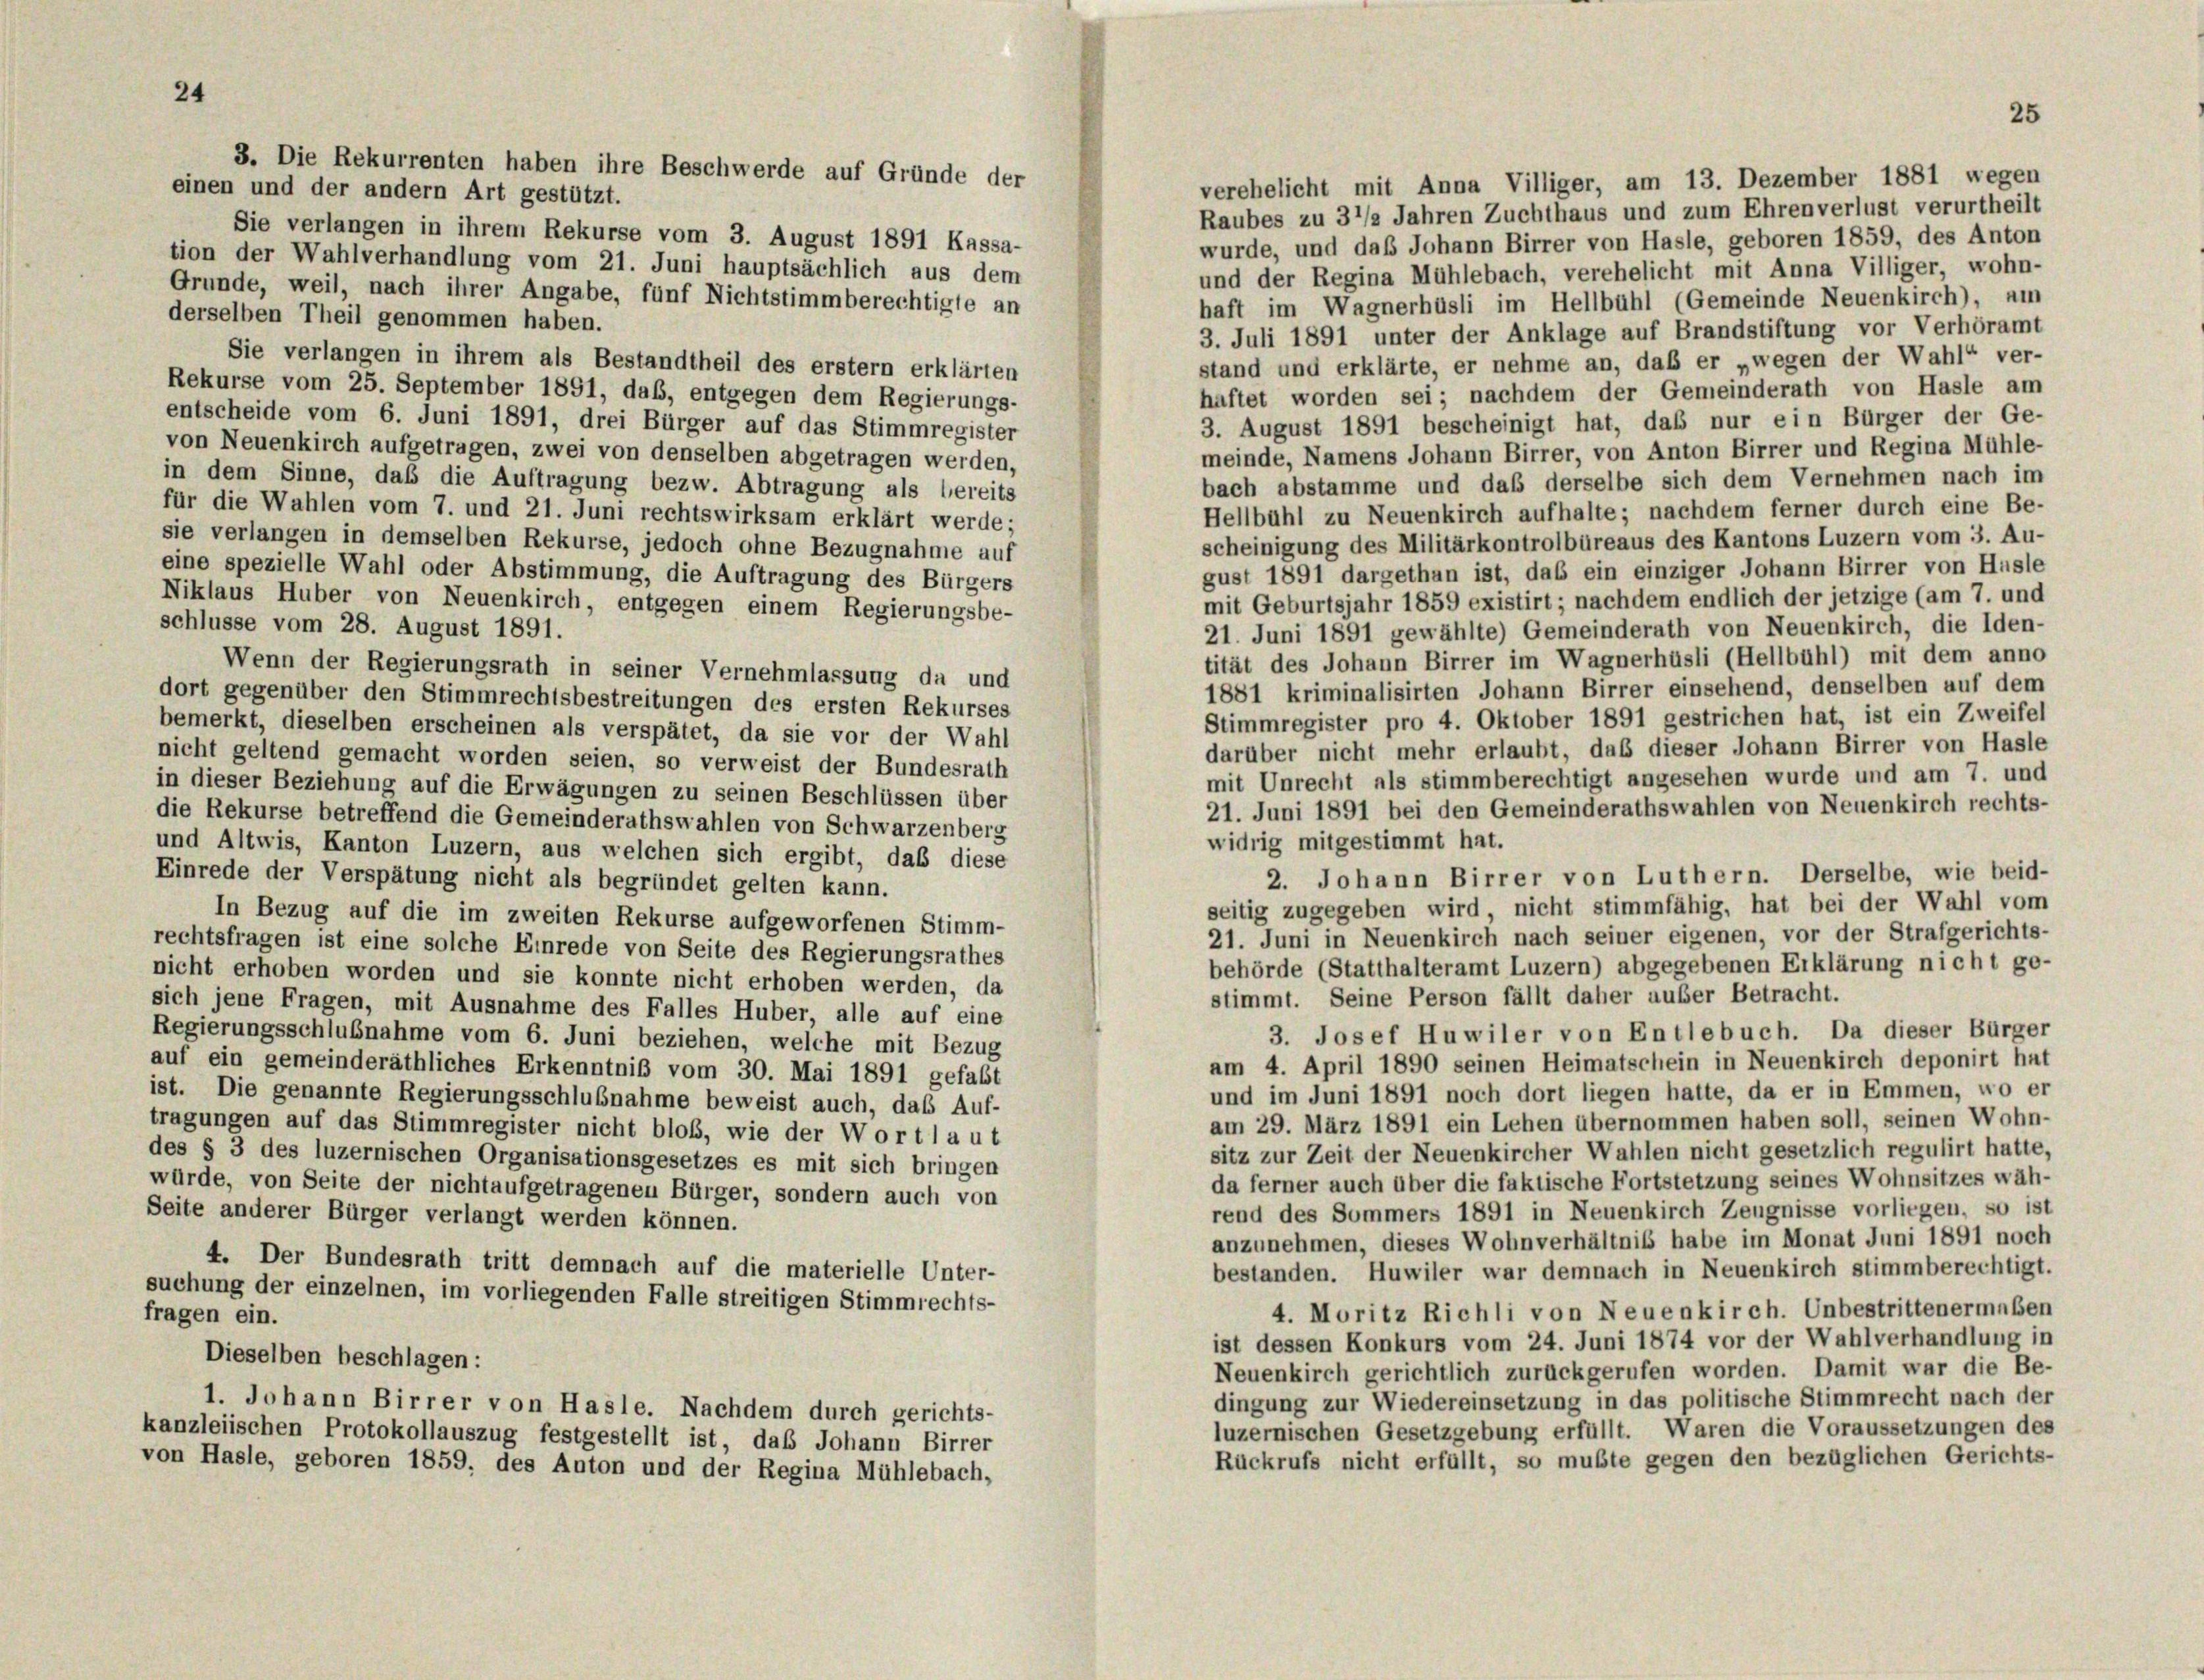
24

verehelicht mit Anna Villiger, am 13. Dezember 1881 wegen
einen und der andern Art gestützt.
Raubes zu 3 1/2 Jahren Zuchthaus und zum Ehrenverlust verurtheilt
Sie verlangen in ihrem Rekurse vom 3. August 1891 Kassa-
wurde, und daß Johann Birrer von Hasle, geboren 1859, des Anton
tion der Wahlverhandlung vom 21. Juni hauptsächlich aus dem
und der Regina Mühlebach, verehelicht mit Anna Villiger, wohn-
Grunde, weil, nach ihrer Angabe, fünf Nichtstimmberechtigte an
haft im Wagnerhasli im Hellbühl (Gemeinde Neuenkirch), am
derselben Theil genommen haben.
3. Juli 1891 unter der Anklage auf Brandstiftung vor Verhöramt
Sie verlangen in ihrem als Bestandtheil des erstem erklärten
stand und erklärte, er nehme an, daß er „wegen der Wahl“ ver-
Rekurse vom 25. September 1891, daß, entgegen dem Regierungs-
haftet worden sei; nachdem der Gemeinderath von Hasle am
entscheide vom 6. Juni 1891, drei Bürger auf das Stimmregister
3. August 1891 bescheinigt hat, das nur ein Bürger der Ge-
von Neuenkirch aufgetragen, zwei von denselben abgetragen werden,
meinde, Namens Johann Birrer, von Anton Birrer und Regina Mühle-
in dem Sinne, daß die Auftragung bezw. Abtragung als bereits
bach abstamme und daß derselbe sich dem Vernehmen nach im
für die Wahlen vom 7. und 21. Juni rechtswirksam erklärt werde;
Hellbühl zu Neuenkirch aufhalte; nachdem ferner durch eine Be-
scheinigung des Militärkontrolbüreaus des Kantons Luzern vom 3. Au-
sie verlangen in demselben Rekurse, jedoch ohne Bezugnahme auf
gust 1891 dargethan ist, das ein einziger Johann Birrer von Hüsle
eine spezielle Wahl oder Abstimmung, die Auftragung des Bürgers
mit Geburtsjahr 1859 existirt; nachdem endlich der jetzige (am 7. und
Niklaus Huber von Neuenkirch, entgegen einem Regierungsbe-
schlüsse vom 28. August 1891.
21. Juni 1891 gewählte) Gemeinderath von Neuenkirch, die Iden-
tität des Johann Birrer im Wagnerhüsli (Hellbuhl) mit dem anno
Wenn der Regierungsrath in seiner Vernehmlassung da und
1881 kriminalisirten Johann Birrer einsehend, denselben auf dem
dort gegenüber den Stimmrechtsbestreitungen des ersten Rekurses
Stimmregister pro 4. Oktober 1891 gestrichen hat, ist ein Zweifel
bemerkt, dieselben erscheinen als verspätet, da sie vor der Wahl
darüber nicht mehr erlaubt, daß dieser Johann Birrer von Hasle
nicht geltend gemacht worden seien, so verweist der Bundesrath
mit Unrecht als stimmberechtigt angesehen wurde und am 7. und
in dieser Beziehung auf die Erwägungen zu seinen Beschlüssen über
21. Juni 1891 bei den Gemeinderathswahlen von Neuenkirch rechts-
die Rekurse betreffend die Gemeinderathswahlen von Schwarzenberg
widrig mitgestimmt hat.
und Altwis, Kanton Luzern, aus welchen sich ergibt, daß diese
2. Johann Birrer von Luthern. Derselbe, wie beid-
Einrede der Verspätung nicht als begründet gelten kann.
seitig zugegeben wird nicht stimmfähig, hat bei der Wahl vom
In Bezug auf die im zweiten Rekurse aufgeworfenen Stimm-
21. Juni in Neuenkirch nach seiner eigenen, vor der Strafgerichts-
rechtsfragen ist eine solche Einrede von Seite des Regierungsrathes
behörde (Statthalteramt Luzern) abgegebenen Erklärung nicht ge-
nicht erhoben worden und sie konnte nicht erhoben werden, da
stimmt. Seine Person fällt daher außer Betracht.
sich jene Fragen, mit Ausnahme des Falles Huber, alle auf eine
3. Josef Huwiler von Entlebuch. Da dieser Bürger
Regierungsschlußnahme vom 6. Juni beziehen, welche mit Bezug
am 4. April 1890 seinen Heimatschein in Neuenkirch deponirt hat
auf ein gemeinderäthliches Erkenntniß vom 30. Mai 1891 gefaßt
und im Juni 1891 noch dort liegen hatte, da er in Emmen, wo er
ist. Die genannte Regierungsschlußnahme beweist auch, das Auf-
am 29. März 1891 ein Lehen übernommen haben soll, seinen Wohn-
tragungen auf das Stimmregister nicht bloß, wie der Wortlaut
sitz zur Zeit der Neuenkircher Wahlen nicht gesetzlich regulirt hatte,
des § 3 des luzernischen Organisationsgesetzes es mit sich bringen
da ferner auch über die faktische Fortstetzung seines Wohnsitzes wäh-
würde, von Seite der nichtaufgetragenen Bürger, sondern auch von
rend des Sommers 1891 in Neuenkirch Zeugnisse vorliegen, so ist
Seite anderer Bürger verlangt werden können.
anzunehmen, dieses Wohnverhältnis habe im Monat Juni 1891 noch
4. Der Bundesrath tritt demnach auf die materielle Unter-
bestanden. Huwiler war demnach in Neuenkirch stimmberechtigt.
suchung der einzelnen, im vorliegenden Falle streitigen Stimmrechts-
4. Moritz Richli von Neuenkirch. Unbestrittenermaßen
fragen ein.
ist dessen Konkurs vom 24. Juni 1874 vor der Wahlverhandlung in
Dieselben beschlagen:
Neuenkirch gerichtlich zurückgerufen worden. Damit war die Be-
dingung zur Wiedereinsetzung in das politische Stimmrecht nach der
1. Johann Birrer von Hasle. Nachdem durch gerichts-
luzernischen Gesetzgebung erfüllt. Waren die Voraussetzungen des
kanzleiischen Protokollauszug festgestellt ist, daß Johann Birrer
Rückrufs nicht erfüllt, so mußte gegen den bezüglichen Gerichts-
von Hasle, geboren 1859, des Anton und der Regina Mühlebach,

3. Die Rekurrenten haben ihre Beschwerde auf Gründe der

25